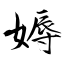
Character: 媷